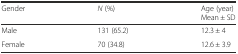
| Gender | N (%) | Age (year)Mean ± SD |
 | --- | --- | --- |
 | Male | 131 (65.2) | 12.3 ± 4 |
 | Female | 70 (34.8) | 12.6 ± 3.9 |